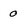
Character: 0